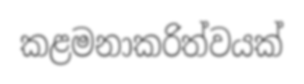
කළමනාකරිත්වයක්